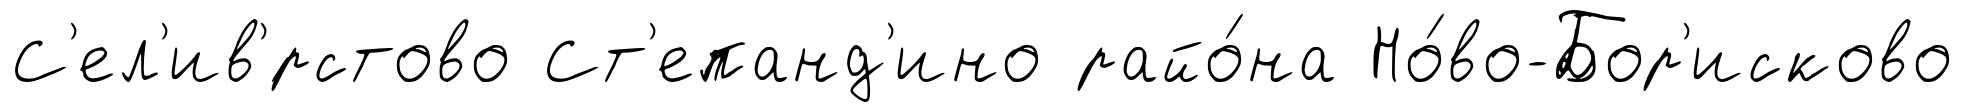
С'ел'ив'́рстово Ст'епанд'ино райо́на Но́во-Бор'исково